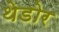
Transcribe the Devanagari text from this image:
थेडोर